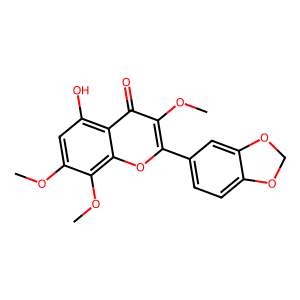
SMILES: COc1cc(O)c2c(=O)c(OC)c(-c3ccc4c(c3)OCO4)oc2c1OC
Inhibits HIV replication: No